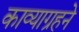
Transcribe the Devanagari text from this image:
काव्याग्रहने